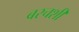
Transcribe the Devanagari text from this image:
बरचशी